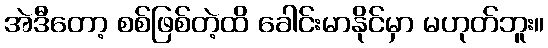
အဲဒီတော့ စစ်ဖြစ်တဲ့ထိ ခေါင်းမာနိုင်မှာ မဟုတ်ဘူး။